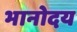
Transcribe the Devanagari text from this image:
भानोदय